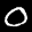
Label: 0